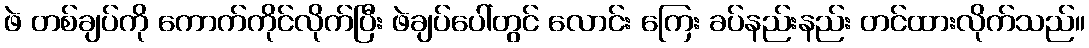
ဖဲ တစ်ချပ်ကို ကောက်ကိုင်လိုက်ပြီး ဖဲချပ်ပေါ်တွင် လောင်း ကြေး ခပ်နည်းနည်း တင်ထားလိုက်သည်။